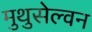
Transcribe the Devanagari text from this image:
मुथुसेल्वन